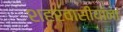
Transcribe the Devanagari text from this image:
शहरवासीयांना